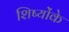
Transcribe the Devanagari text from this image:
शिष्योंके